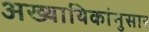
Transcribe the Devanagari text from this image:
अख्यायिकांनुसार